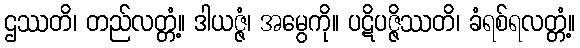
ဌဿတိ၊ တည်လတ္တံ့။ ဒါယဇ္ဇံ၊ အမွေကို။ ပဋိပဇ္ဇိဿတိ၊ ခံရစ်ရလတ္တံ့။